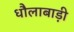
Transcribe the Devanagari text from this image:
धौलाबाड़ी